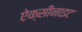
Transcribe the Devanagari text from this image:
ऐक्सीनाइट